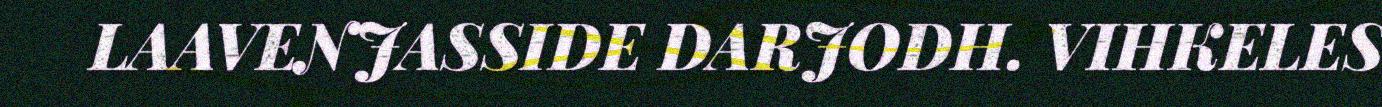
LAAVENJASSIDE DARJODH. VIHKELES